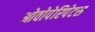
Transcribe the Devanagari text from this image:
ओवोपेरिपेटस